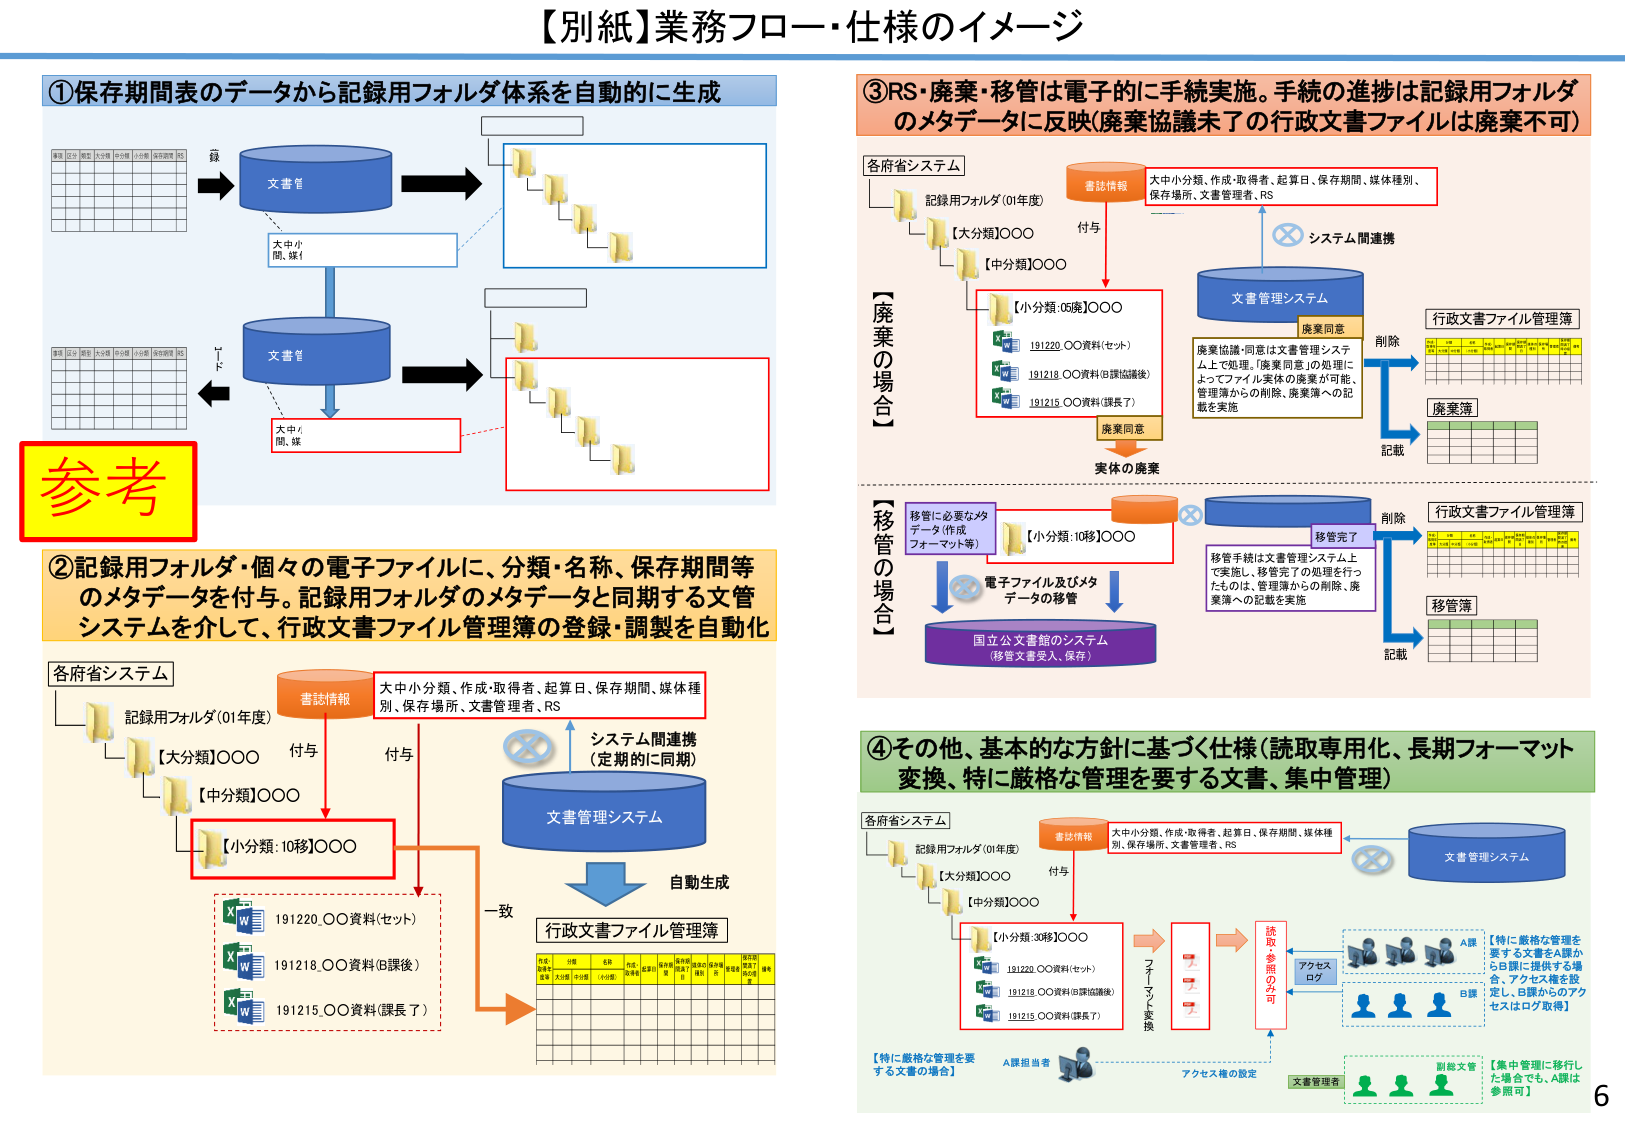
【別紙】業務フロー・仕様のイメージ

①保存期間表のデータから記録用フォルダ体系を自動的に生成

【参考】

②記録用フォルダ・個々の電子ファイルに、分類・名称、保存期間等のメタデータを付与。記録用フォルダのメタデータと同期する文管システムを介して、行政文書ファイル管理簿の登録・調製を自動化

各府省システム
記録用フォルダ（01年度）
【大分類】〇〇〇
【中分類】〇〇〇
【小分類：10移】〇〇〇

書誌情報
大中小分類、作成・取得者、起算日、保存期間、媒体種別、保存場所、文書管理者、RS

付与
付与

システム間連携
（定期的に同期）

文書管理システム

自動生成

行政文書ファイル管理簿

191220.〇〇資料（セット）
191218.〇〇資料（B課協議後）
191215.〇〇資料（課長了）

一致

③RS・廃棄・移管は電子的に手続実施。手続の進捗は記録用フォルダのメタデータに反映（廃棄協議未了の行政文書ファイルは廃棄不可）

各府省システム
記録用フォルダ（01年度）
【大分類】〇〇〇
【中分類】〇〇〇
【小分類：05廃】〇〇〇

書誌情報
大中小分類、作成・取得者、起算日、保存期間、媒体種別、保存場所、文書管理者、RS

付与

システム間連携

文書管理システム

廃棄同意

廃棄協議・同意は文書管理システム上で処理。「廃棄同意」の処理によってファイル実体の廃棄が可能、管理簿からの削除、廃棄簿への記載を実施

削除
記載

行政文書ファイル管理簿

廃棄簿

【廃棄の場合】

【移管の場合】

移管に必要なメタデータ（作成フォーマット等）

【小分類：10移】〇〇〇

電子ファイル及びメタデータの移管

移管手続は文書管理システム上で実施し、移管完了の処理を行ったものは、管理簿からの削除、廃棄簿への記載を実施

移管完了

削除
記載

行政文書ファイル管理簿

移管簿

国立公文書館のシステム
（移管文書受入、保存）

④その他、基本的な方針に基づく仕様（読取専用化、長期フォーマット変換、特に厳格な管理を要する文書、集中管理）

各府省システム
記録用フォルダ（01年度）
【大分類】〇〇〇
【中分類】〇〇〇
【小分類：30移】〇〇〇

書誌情報
大中小分類、作成・取得者、起算日、保存期間、媒体種別、保存場所、文書管理者、RS

付与

文書管理システム

ファイル変換

読取専用のみ可

アクセスログ

【特に厳格な管理を要する文書をA課からB課に提供する場合、アクセス権を設定し、B課からのアクセスはログ取得】

A課
B課

アクセス権の設定

文書管理者

副総文管

【集中管理に移行した場合でも、A課は参照可】

【特に厳格な管理を要する文書の場合】
A課担当者

6